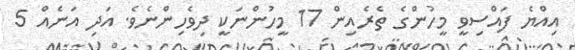
އިއްޔެ ފައްސިވީ މީހުންގެ ތެރެއިން 17 މީހުންނަކީ ދިވެހިންނެވެ. އަދި އަނެއް 5